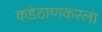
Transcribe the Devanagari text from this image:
कडेठाणकरला